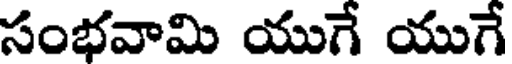
సంభవామి యుగే యుగే